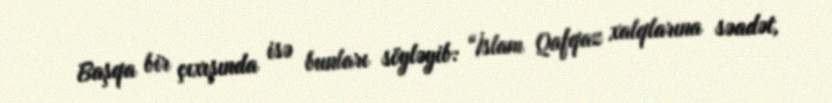
Başqa bir çıxışında isə bunları söyləyib: “İslam Qafqaz xalqlarına səadət,